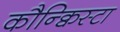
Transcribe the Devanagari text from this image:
कौन्क्विस्टा